Insane asylums in Bengal annual reports 1867-1875 - 1867-1875
Year: 1867
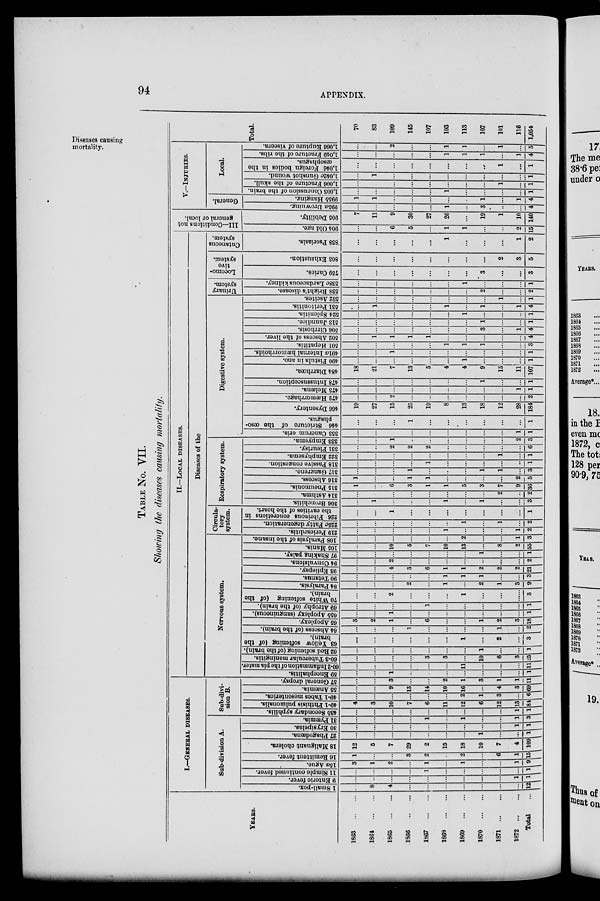
94
APPENDIX.
Diseases causing
mortality.
TABLE No. VII.
Showing the diseases causing mortality.
YEARS.
1863
...
...
1864
...
...
1865
...
...
1866
...
...
1867
...
...
1868
...
...
1869
...
...
1870
...
...
1871
...
...
1872
...
...
Total ...
I.—GENERAL DISEASES.
Sub-division A.
1 Small-pox.
...
8
4
...
...
...
...
...
...
...
12
9 Enteric fever.
...
...
...
...
...
...
...
...
...
1
1
11 Simple continued fever.
...
...
...
...
1
...
...
...
...
...
1
15a Ague.
3
1
2
...
1
...
1
...
...
1
9
16 Remittent fever.
1
...
...
3
2
...
2
...
6
1
15
18 Malignant cholera.
12
5
7
29
2
15
18
10
7
4
109
27 Phagedæna.
...
...
...
...
...
...
...
1
...
...
1
30 Erysipelas.
...
...
...
...
...
...
...
...
...
1
1
31 Pyæmia.
...
...
...
...
1
...
1
...
...
1
3
Sub-divi-
sion B.
43b Secondary syphilis.
...
...
...
...
...
...
...
...
...
1
1
49-1 Phthisis pulmonalis.
4
3
10
7
6
11
12
6
12
13
84
49-1 Tabes mesenterica.
...
...
...
...
...
...
2
1
3
...
6
55 Anæmia.
...
...
9
13
14
10
16
...
4
3
69
57 General dropsy.
...
...
3
...
...
2
1
3
1
1
11
II.—LOCAL DISEASES.
Diseases of the
Nervous system.
59 Encephalitis.
...
...
1
...
...
...
...
...
...
...
1
60-2 Inflammation of the pia mater.
...
...
...
...
...
...
11
...
...
...
11
60-3 Tubercular meningitis.
...
...
...
...
3
3
...
10
6
3
25
62 Red softening (of the brain).
...
...
...
...
...
...
...
1
...
...
1
63 Yellow softening (of the
brain).
...
...
...
...
...
...
1
...
2
...
3
64 Abscess (of the brain).
...
...
...
1
...
...
...
...
1
...
2
65 Apoplexy.
3
2
1
...
6
...
...
1
2
3
18
65b Apoplexy (sanguineous).
...
...
1
...
...
...
...
...
...
...
1
69 Atrophy (of the brain).
...
...
...
...
1
...
...
...
...
...
1
70 White
softening (of the
brain).
...
...
2
...
...
...
1
...
...
...
3
84 Paralysis.
...
...
...
2
...
1
...
2
1
3
9
90 Tetanus.
...
...
...
...
...
1
1
1
...
...
3
93 Epilepsy.
...
...
4
3
6
1
1
2
2
2
21
94 Convulsions.
...
...
2
...
...
...
...
...
...
...
2
97 shaking palsy.
...
...
...
...
...
...
...
1
...
...
1
105 Mania.
...
...
10
5
7
10
13
...
8
2
55
108 Paralysis of the insane.
...
...
...
...
...
...
2
...
...
1
3
Circula-
tory
system.
219 Pericarditis.
...
...
...
...
...
1
...
...
...
1
2
225c Fatty degeneration.
...
...
...
...
...
...
1
...
1
...
2
226 Fibrinous concretions in
the cavities of the heart.
...
...
1
...
...
...
...
...
...
...
1
Respiratory system.
306 Bronchitis.
...
1
...
...
...
1
...
1
...
...
3
314 Asthma.
...
...
...
...
...
...
...
...
2
...
2
315 Pneumonia.
1
...
6
3
1
1
5
3
7
9
36
316 Abscess.
1
...
...
1
1
...
...
...
...
2
5
317 Gangrene.
...
...
...
1
...
...
...
1
1
...
3
318 Passive congestion.
...
...
...
...
1
...
...
...
...
...
1
322 Emphysema.
...
...
...
...
...
...
...
...
1
...
1
331 Pleurisy.
...
...
2
2
2
...
...
...
...
...
6
333 Empyema.
...
...
1
...
...
...
...
...
...
2
3
Digestive system.
353 Cancrum oris.
...
...
...
...
...
...
...
...
...
1
1
446 Stricture of the oeso-
phagus.
...
...
...
1
...
...
...
...
...
...
1
466 Dysentery.
19
27
15
25
19
8
13
18
12
28
184
472 Hæmorrhage.
...
...
2
...
...
...
...
...
...
...
2
473 Melæna.
...
...
...
...
...
...
...
...
...
1
1
478 Intussusception.
...
...
...
...
...
...
...
1
...
...
1
484 Diarrhœa.
18
21
7
13
5
4
4
9
15
11
107
490 Fistula in ano.
...
...
...
...
...
...
1
...
...
...
1
491a Internal hæmorrhoids.
...
...
1
...
...
...
...
...
...
...
1
501 Hepatitis.
...
...
...
...
...
1
1
1
...
...
3
502 Abscess of the liver.
...
1
1
1
1
...
...
...
...
...
4
506 Cirrhosis.
...
...
...
...
...
...
...
3
...
1
4
513 Jaundice.
...
...
...
...
...
...
...
1
...
...
1
524 Splenitis.
...
...
...
...
...
...
1
...
...
...
1
531 Peritonitis.
...
1
...
...
...
1
...
1
...
1
4
532 Ascites.
...
...
...
...
...
...
...
...
1
...
1
Urinary
system.
538 Bright's disease.
...
...
...
...
...
...
...
2
...
...
2
538c Lardaceous kidney.
...
...
...
...
...
...
1
...
...
...
1
Locomo-
tive
system.
759 Caries.
...
...
...
...
...
...
...
3
...
...
3
803 Exhaustion.
...
...
...
...
...
...
...
...
2
3
5
Cutaneous
system.
838 Psoriasis.
...
...
...
...
...
1
...
...
...
1
2
III—Conditions not
general or local.
904 Old age.
...
...
6
5
...
1
1
...
...
2
15
905 Debility.
7
11
9
30
27
26
...
19
1
10
140
V.—INJURIES.
General.
995a Drowning.
...
...
...
...
...
1
...
3
...
...
4
995b Hanging.
1
1
...
...
...
...
...
1
...
1
4
Local.
1,003 Concussion of the brain.
...
...
...
...
...
1
...
...
...
...
1
1,006 Fracture of the skull.
...
...
...
...
...
...
...
...
1
...
1
1,042c Gunshot wound.
...
1
...
...
...
...
...
...
...
...
1
1,046 Foreign bodies in the
œsophagus.
...
...
...
...
...
...
...
...
1
...
1
1,049 Fracture of the ribs.
...
...
...
...
...
1
1
1
...
1
4
1,066 Rupture of viscera.
...
...
2
...
...
1
1
...
1
...
5
Total.
70
83
109
145
107
103
113
107
101
116
1,054